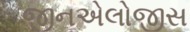
જીનએલોજીસ